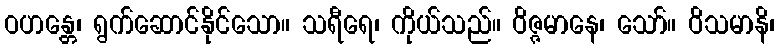
ဝဟန္တေ၊ ရွက်ဆောင်နိုင်သော။ သရီရေ၊ ကိုယ်သည်။ ဝိဇ္ဇမာနေ၊ သော်။ ဝိသမာနိ၊